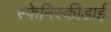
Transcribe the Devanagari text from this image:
स्फेनिस्कीडाई